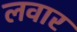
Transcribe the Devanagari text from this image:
लवार